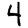
Digit: 4